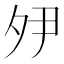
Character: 𭐵